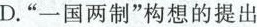
D.” 一国两制 ”构想的提出